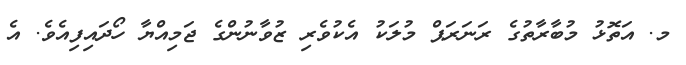
މ. އަތޮޅު މުބާރާތުގެ ރަނަރަޕް މުލަކު އެކުވެރި ޒުވާނުންގެ ޖަމިއްޔާ ހޯދައިފިއެވެ. އެ